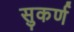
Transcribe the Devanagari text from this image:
सुकर्ण